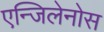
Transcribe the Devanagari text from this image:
एन्जिलेनोस